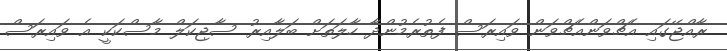
ރާއްޖޭގައި އެޗްވަންއެޗްވަން ވައިރަސް ފެތުރެމުންދާ ހާލަތަށް ބަލާއިރު ސާޖިކަލް މާސްކަކީ އެ ވައިރަސް